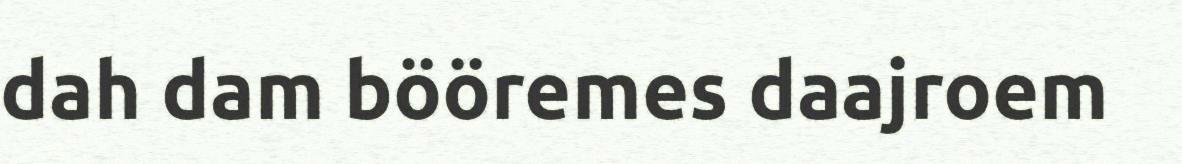
dah dam bööremes daajroem